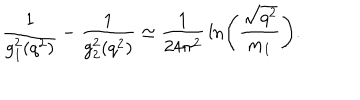
LaTeX: { \frac { 1 } { g _ { 1 } ^ { 2 } ( q ^ { 2 } ) } } - { \frac { 1 } { g _ { 2 } ^ { 2 } ( q ^ { 2 } ) } } \simeq { \frac { 1 } { 2 4 \pi ^ { 2 } } } \ln \left( { \frac { \sqrt { q ^ { 2 } } } { m _ { 1 } } } \right) .